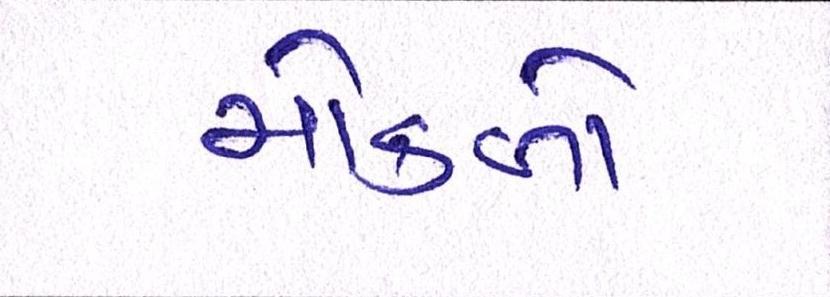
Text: મોકળો